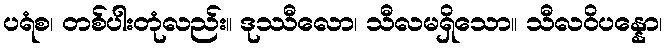
ပရံစ၊ တစ်ပါးတုံလည်း။ ဒုဿီလော၊ သီလမရှိသော။ သီလဝိပန္နော၊